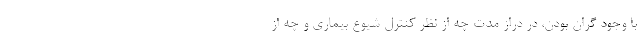
با وجود گران بودن، در دراز مدت چه از نظر کنترل شیوع بیماری و چه از